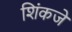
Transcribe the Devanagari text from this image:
शिंकजे